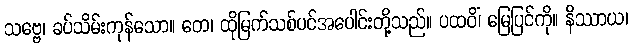
သဗ္ဗေ၊ ခပ်သိမ်းကုန်သော။ တေ၊ ထိုမြက်သစ်ပင်အပေါင်းတို့သည်။ ပထဝိံ၊ မြေပြင်ကို။ နိဿာယ၊